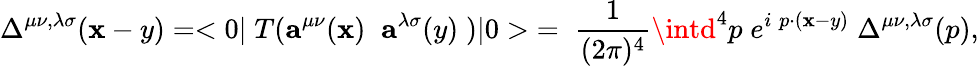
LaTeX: \Delta^{\mu\nu,\lambda\sigma}(\mathbf{x}-y)=<0|\; T({\mathbf{a}}^{\mu\nu}(\mathbf{x})\; \; {\mathbf{a}}^{\lambda\sigma}(y)\; )|0>\; =\; \frac{{1}}{{(2\pi)^{4}}}\intd^{4}p\; e^{i\; p\cdot(\mathbf{x}-y)}\; \Delta^{\mu\nu,\lambda\sigma}(p),